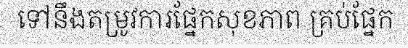
ទៅនឹងតម្រូវការផ្នែកសុខភាព គ្រប់ផ្នែក